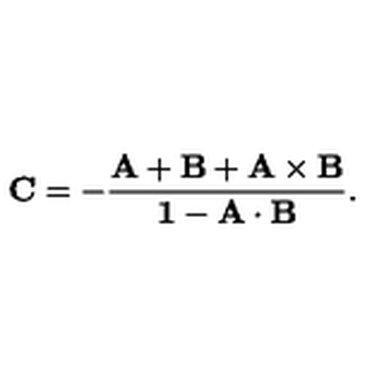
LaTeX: \bf { C } = - \frac { \bf { A } + \bf { B } + \bf { A } \times \bf { B } } { 1 - \bf { A } \cdot \bf { B } } .